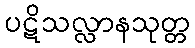
ပဋိသလ္လာနသုတ္တ